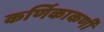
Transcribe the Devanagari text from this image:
कर्णिकाकर्णी